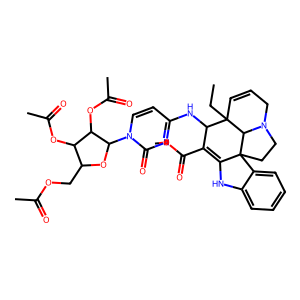
SMILES: CCC12C=CCN3CCC4(C(=C(C(=O)OC)C1Nc1ccn(C5OC(COC(C)=O)C(OC(C)=O)C5OC(C)=O)c(=O)n1)Nc1ccccc14)C32
Inhibits HIV replication: No